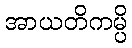
အာယတိကမ္ပိ